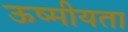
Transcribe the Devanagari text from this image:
ऊष्मीयता